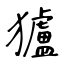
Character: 獹